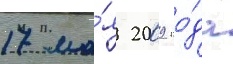
17 ма́я 2009 го́да